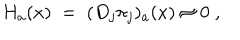
H _ { a } ( x ) \; = \; ( D _ { j } \pi _ { j } ) _ { a } ( x ) \approx 0 \; ,